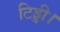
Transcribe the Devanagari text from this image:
टिड्डी।